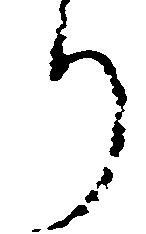
り